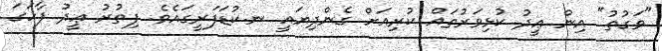
"ވަގުތު" އިން ޢީދު ކުޅިވަރުތައް ކުރިއަށް ގެންދިޔައީ ނ.ކުޑަފަރީގައެވެ. ފިތުރު ޢީދު ފާހަގަ